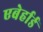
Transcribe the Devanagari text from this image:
एबेर्हार्ड